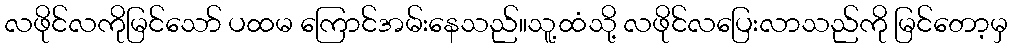
လဖိုင်လကိုမြင်သော် ပထမ ကြောင်အမ်းနေသည်။သူ့ထံသို့ လဖိုင်လပြေးလာသည်ကို မြင်တော့မှ